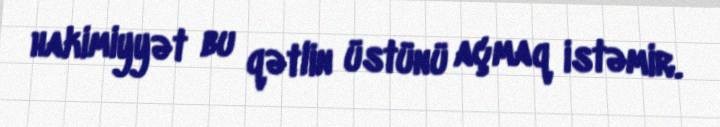
hakimiyyət bu qətlin üstünü açmaq istəmir.